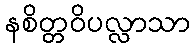
နစိတ္တဝိပလ္လာသာ